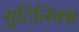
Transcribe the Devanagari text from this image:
मुटिलिक्स